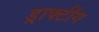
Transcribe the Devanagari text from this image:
ड्राफ्टींग